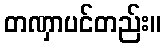
တဏှာပင်တည်း။